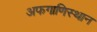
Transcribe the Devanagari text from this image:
अफगाणिस्थान